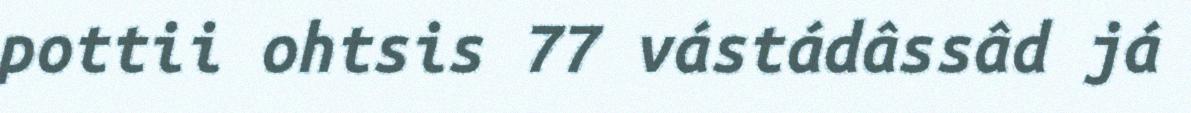
pottii ohtsis 77 vástádâssâd já